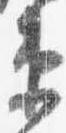
衛